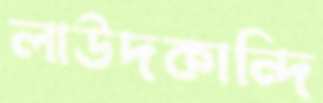
লাউদকান্দি